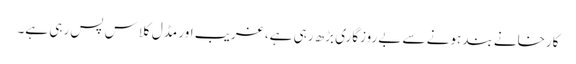
کارخانے بند ہونے سے بےروزگاری بڑھ رہی ہے، غریب اور مڈل کلاس پس رہی ہے۔